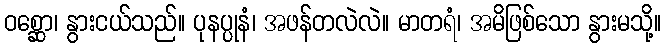
ဝစ္ဆော၊ နွားငယ်သည်။ ပုနပ္ပုနံ၊ အဖန်တလဲလဲ။ မာတရံ၊ အမိဖြစ်သော နွားမသို့။